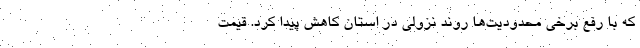
که با رفع برخی محدودیت‌ها روند نزولی در استان کاهش پیدا کرد. قیمت